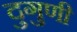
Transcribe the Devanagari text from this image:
दुगुणी